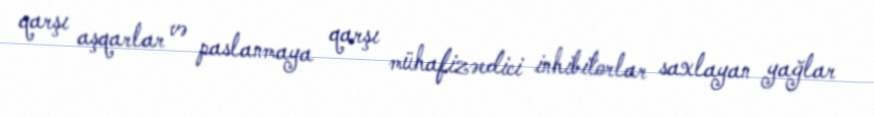
qarşı aşqarlar və paslanmaya qarşı mühafizəedici inhibitorlar saxlayan yağlar